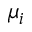
\mu _ { i }